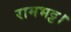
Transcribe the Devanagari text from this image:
रामभट्ट।